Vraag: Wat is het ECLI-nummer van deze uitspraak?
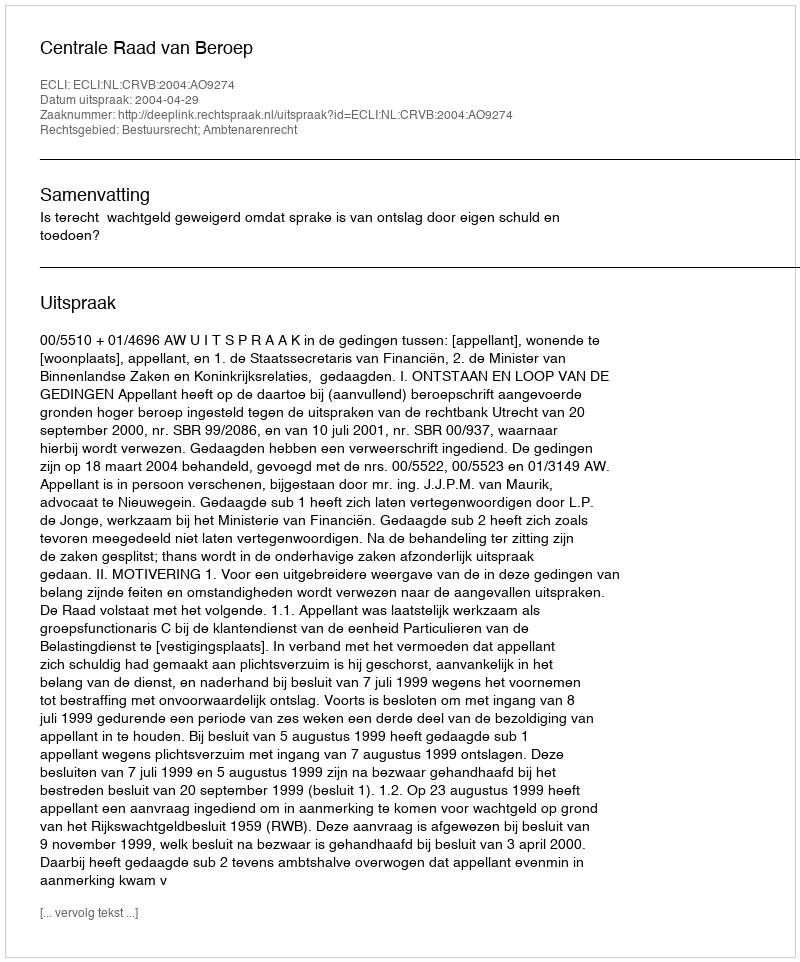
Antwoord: ECLI:NL:CRVB:2004:AO9274